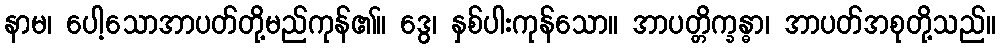
နာမ၊ ပေါ့သောအာပတ်တို့မည်ကုန်၏။ ဒွေ၊ နှစ်ပါးကုန်သော။ အာပတ္တိက္ခန္ဓာ၊ အာပတ်အစုတို့သည်။